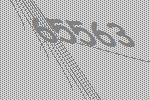
65563